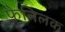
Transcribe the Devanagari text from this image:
फेनिलक